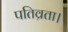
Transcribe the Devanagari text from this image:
पतिव्रता।